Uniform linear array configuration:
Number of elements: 8
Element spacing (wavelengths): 0.25
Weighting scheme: exponential
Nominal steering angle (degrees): -45
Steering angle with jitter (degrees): -43.703
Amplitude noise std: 0.05
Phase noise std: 0.05

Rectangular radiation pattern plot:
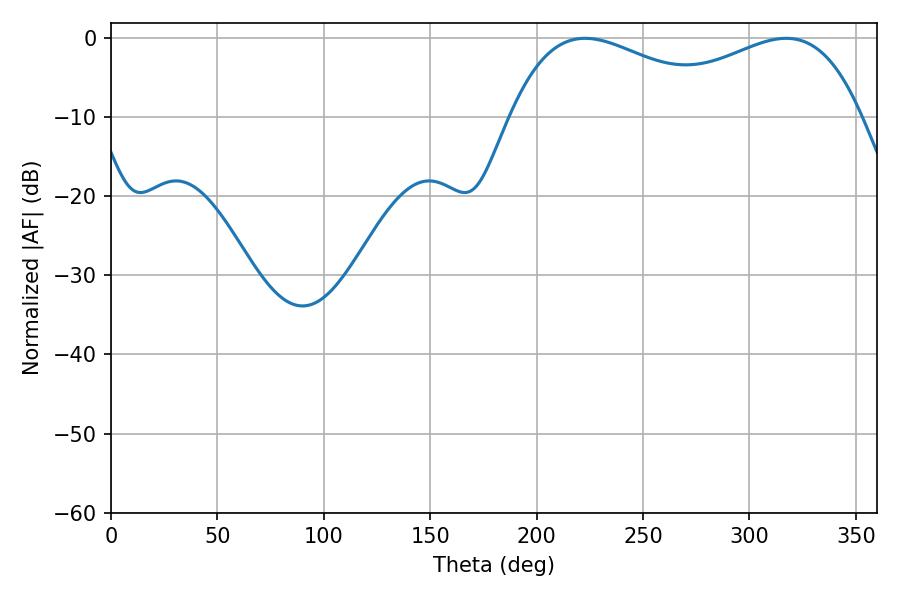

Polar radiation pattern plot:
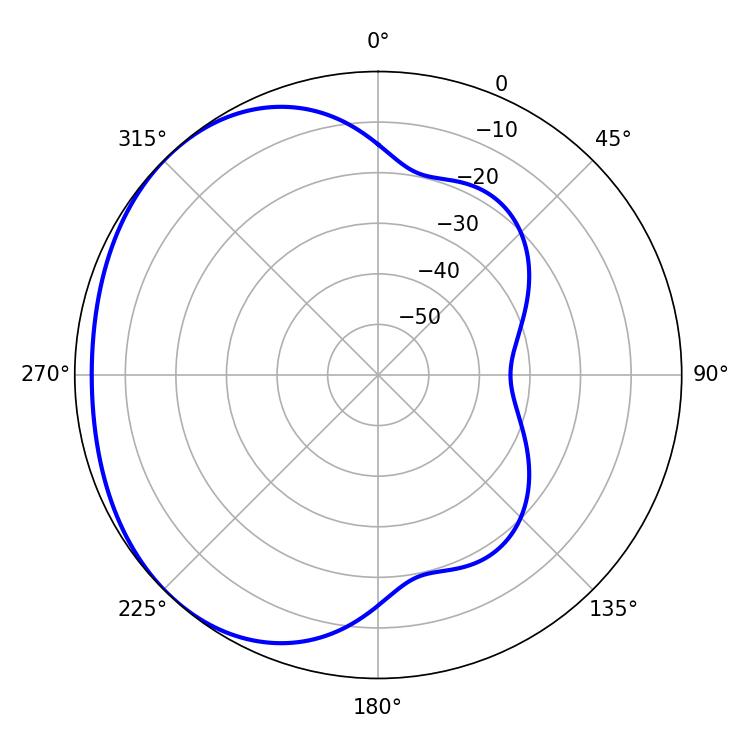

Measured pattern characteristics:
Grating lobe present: FALSE
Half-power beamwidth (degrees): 57.78
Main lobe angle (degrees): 222.84